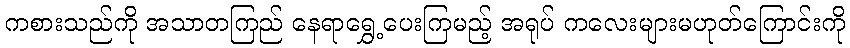
ကစားသည်ကို အသာတကြည် နေရာရွှေ့ပေးကြမည့် အရုပ် ကလေးများမဟုတ်ကြောင်းကို